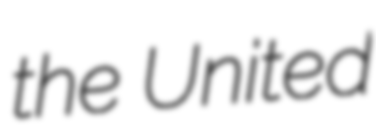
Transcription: the United